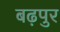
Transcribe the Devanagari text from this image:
बढ़पुर